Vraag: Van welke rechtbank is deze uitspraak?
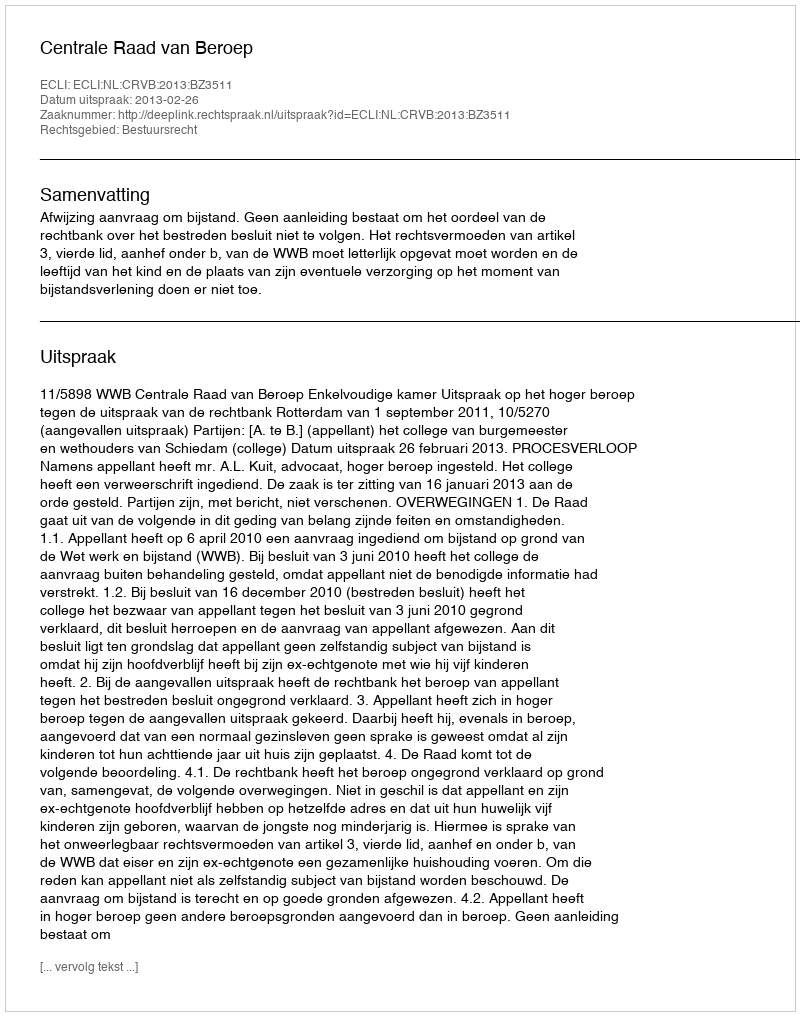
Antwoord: Centrale Raad van Beroep